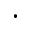
\cdot